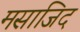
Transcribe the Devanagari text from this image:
मसाजिद